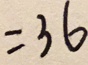
= 3 6